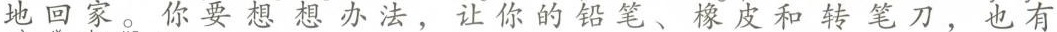
地回家。 你要想想办法，让你的铅笔、橡皮和转笔刀，也有